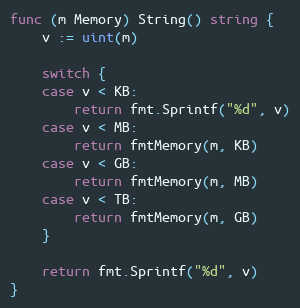
Language: Go
func (m Memory) String() string {
	v := uint(m)

	switch {
	case v < KB:
		return fmt.Sprintf("%d", v)
	case v < MB:
		return fmtMemory(m, KB)
	case v < GB:
		return fmtMemory(m, MB)
	case v < TB:
		return fmtMemory(m, GB)
	}

	return fmt.Sprintf("%d", v)
}